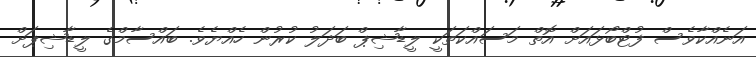
އަނެއްކާވެސް ފުޓްބޯޅައަށް އޮތް މަސައްކަތަކީ ލީޑާޝިޕް ބަދަލު ކުރުން ހެއްޔެވެ. ބައްސާމްގެ ލީޑާޝިޕަށް